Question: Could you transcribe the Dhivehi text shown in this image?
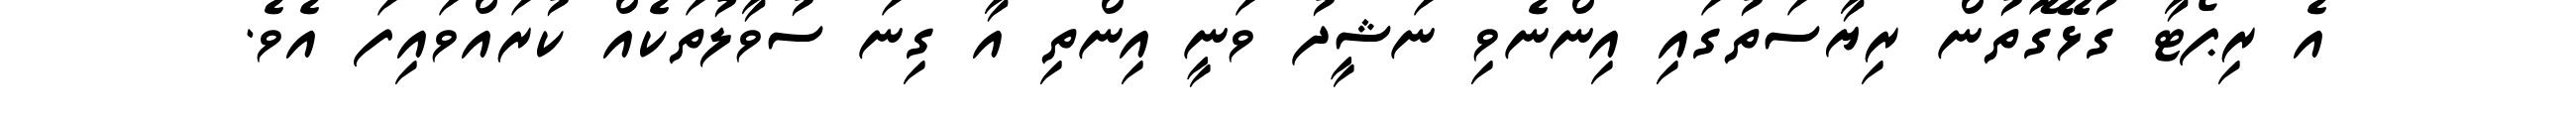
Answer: އެ ރިޕޯޓާ ގުޅޭގޮތުން ރިޔާސަތުގައި އިންނެވި ނަޝީދު ވަނީ އިންތި އާ ގިނަ ސުވާލުތަކެއް ކުރައްވައިފަ އެވެ.